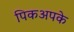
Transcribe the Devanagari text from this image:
पिकअपके